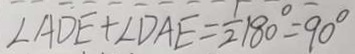
\angle A D E + \angle D A E = \frac { 1 } { 2 } 1 8 0 ^ { \circ } = 9 0 ^ { \circ }